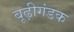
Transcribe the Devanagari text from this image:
बूढ़ीगंडक